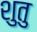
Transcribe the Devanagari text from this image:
शुतु